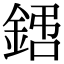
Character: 𨧙